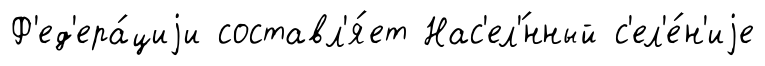
Ф'ед'ера́циjи составл'я́ет Нас'ел'́нный с'ел'е́н'иjе